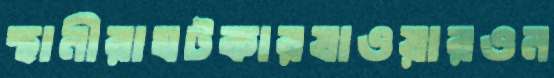
স্থানীরাঘটকারযাওয়ারওন